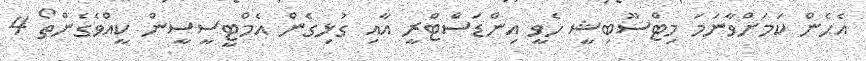
އެހެން ކަމަށްވާނަމަ މިޓްސޫބިޝީ ހެވީ އިންޑަސްޓްރީ އާއި ގުޅިގެން އެމްޓީސީސީން ކީއްވެގެންތޯ 4